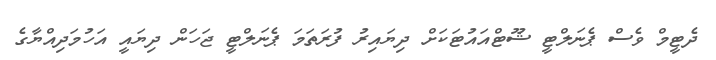
ދެޓީމް ވެސް ޕެނަލްޓީ ޝޫޓްއައުޓަކަށް ދިޔައިރު ފުރަތަމަ ޕެނަލްޓީ ޖަހަން ދިޔައީ އަހުމަދިއްޔާގެ